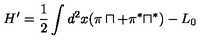
H ^ { \prime } = \frac { 1 } { 2 } \int d ^ { 2 } x ( \pi \sqcap + \pi ^ { \ast } \sqcap ^ { \ast } ) - L _ { 0 }